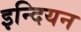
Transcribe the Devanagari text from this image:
इन्दियन